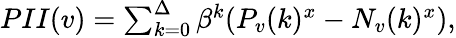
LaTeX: \begin{array}{r}{PII(v)=\sum_{k=0}^{\Delta}\beta^{k}(P_{v}(k)^{x}-N_{v}(k)^{x}),}\end{array}